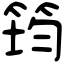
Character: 筠